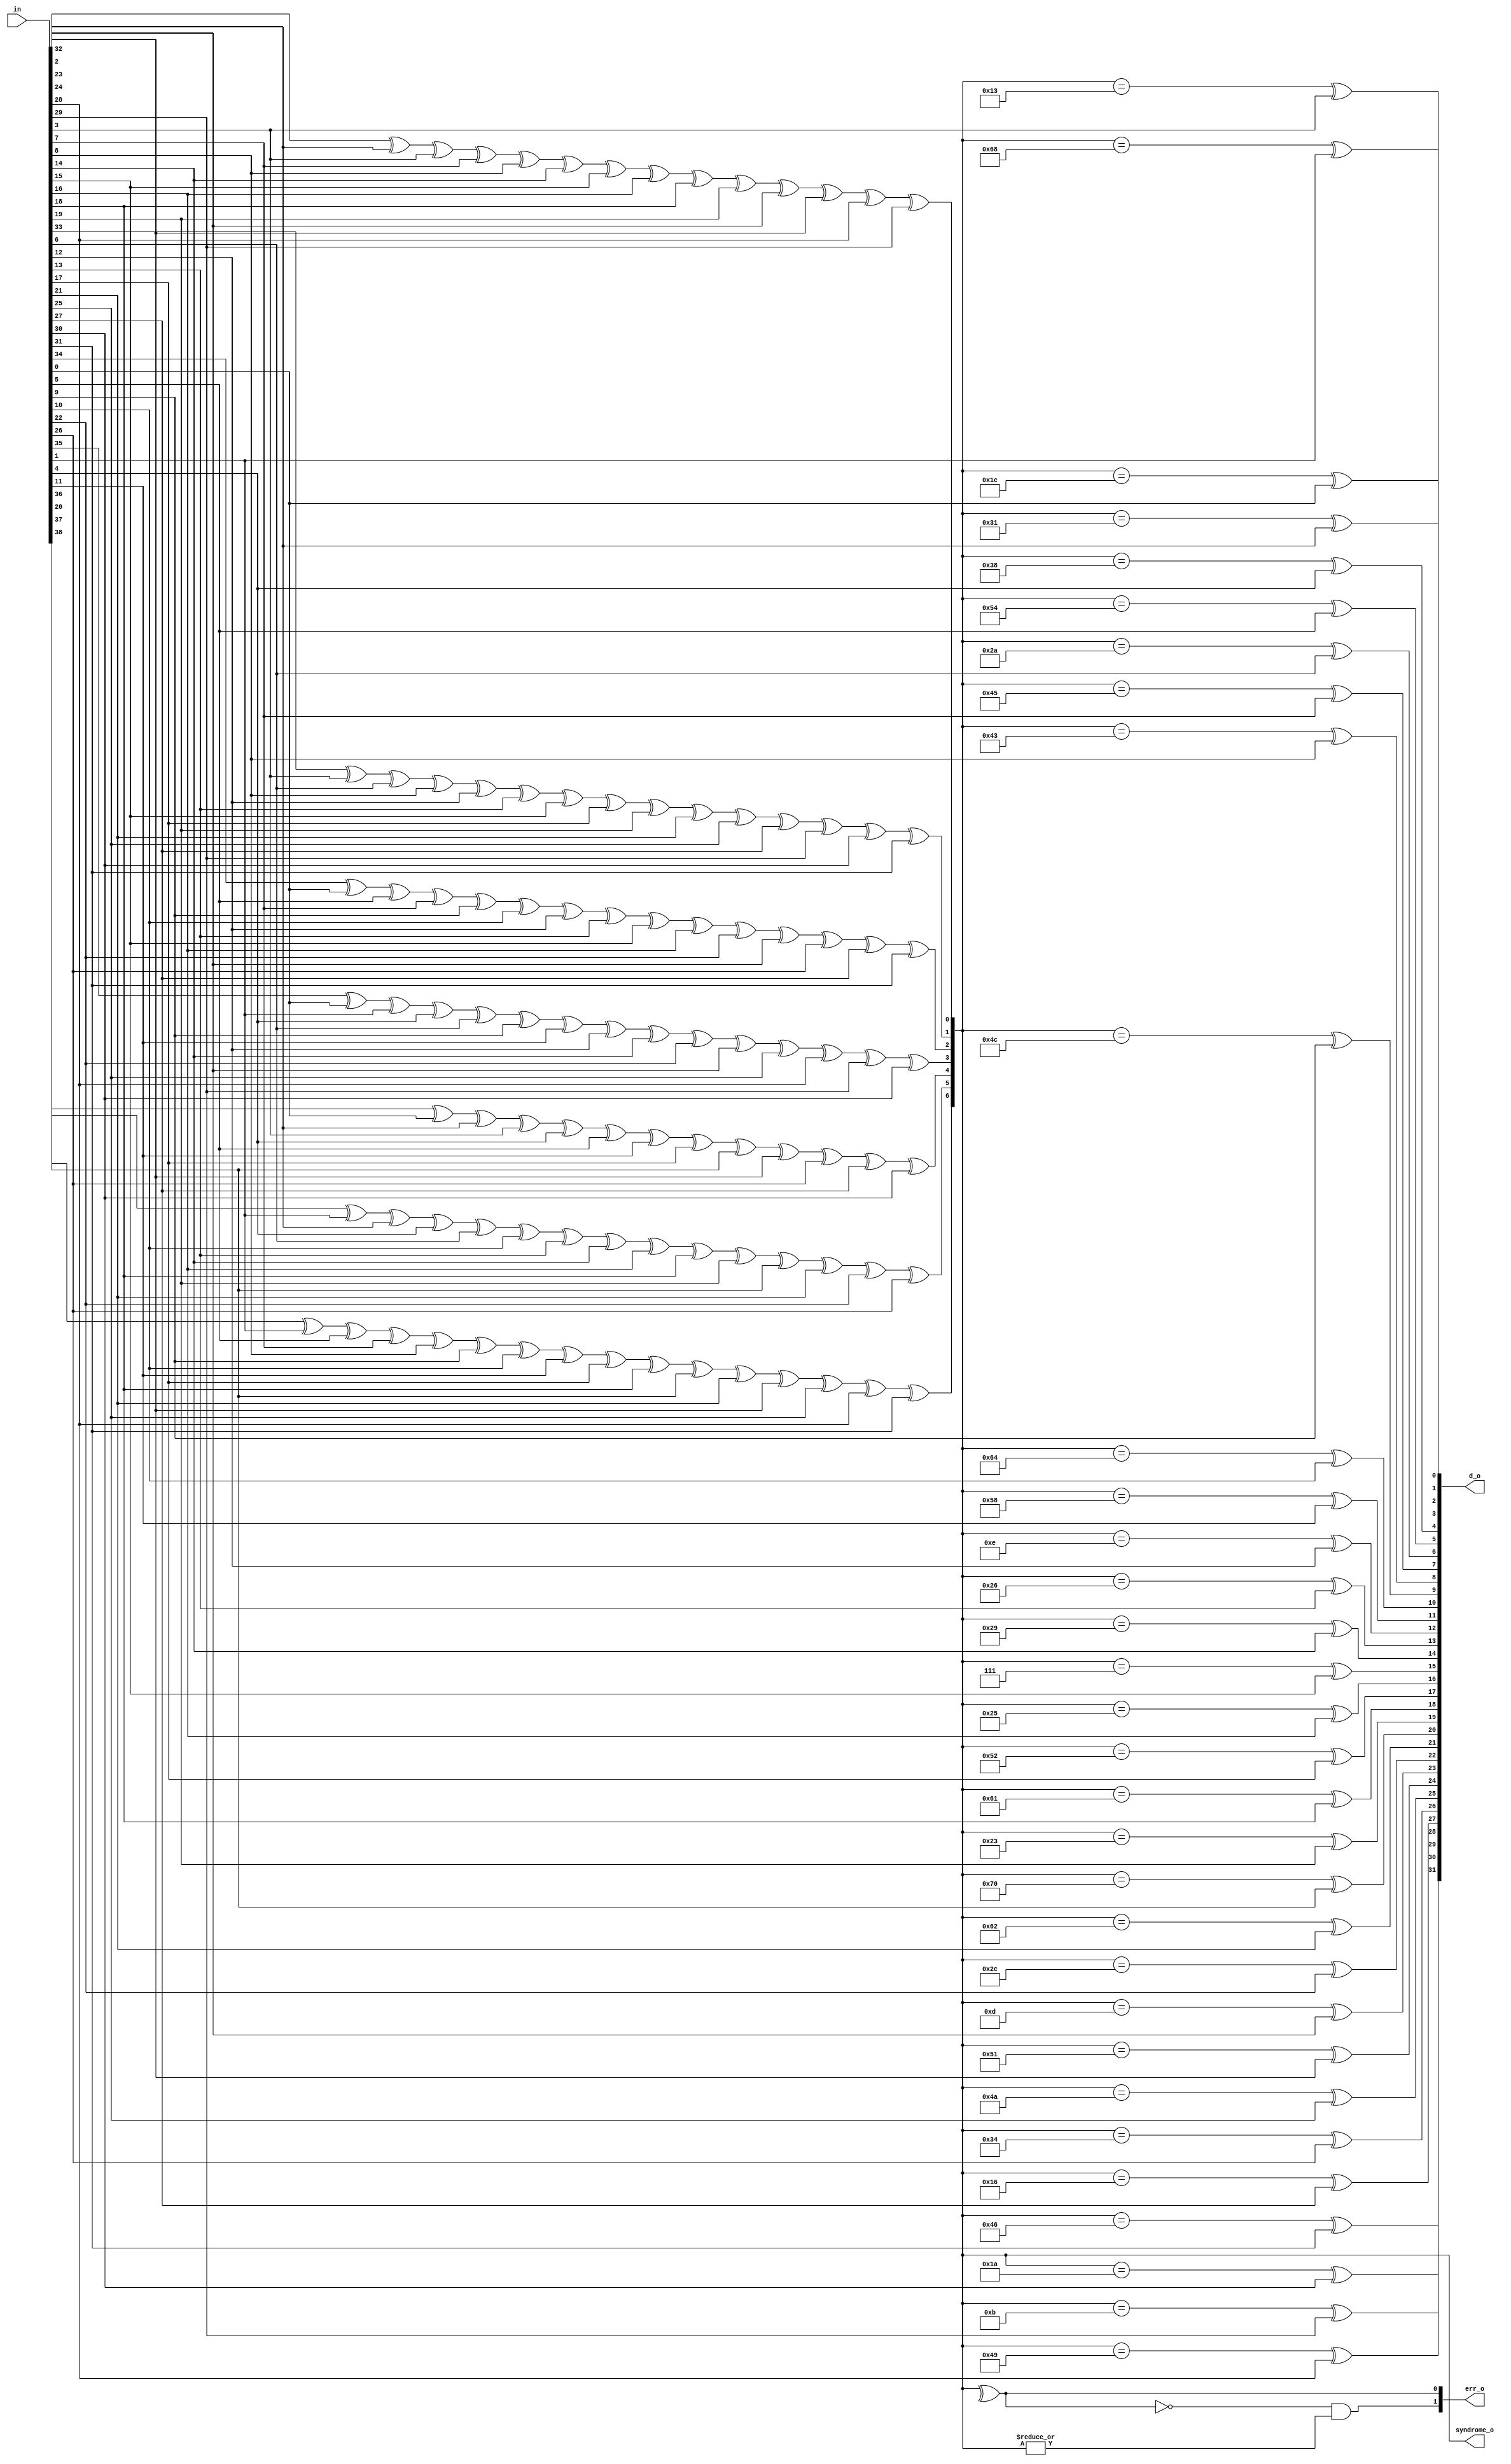
module prim_secded_39_32_dec (
	in,
	d_o,
	syndrome_o,
	err_o
);
	input [38:0] in;
	output wire [31:0] d_o;
	output wire [6:0] syndrome_o;
	output wire [1:0] err_o;
	wire single_error;
	assign syndrome_o[0] = ((((((((((((in[32] ^ in[2]) ^ in[3]) ^ in[7]) ^ in[8]) ^ in[14]) ^ in[15]) ^ in[16]) ^ in[18]) ^ in[19]) ^ in[23]) ^ in[24]) ^ in[28]) ^ in[29];
	assign syndrome_o[1] = (((((((((((((in[33] ^ in[3]) ^ in[6]) ^ in[8]) ^ in[12]) ^ in[13]) ^ in[15]) ^ in[17]) ^ in[19]) ^ in[21]) ^ in[25]) ^ in[27]) ^ in[29]) ^ in[30]) ^ in[31];
	assign syndrome_o[2] = (((((((((((((in[34] ^ in[0]) ^ in[5]) ^ in[7]) ^ in[9]) ^ in[10]) ^ in[12]) ^ in[13]) ^ in[15]) ^ in[16]) ^ in[22]) ^ in[23]) ^ in[26]) ^ in[27]) ^ in[31];
	assign syndrome_o[3] = (((((((((((((in[35] ^ in[0]) ^ in[1]) ^ in[4]) ^ in[6]) ^ in[9]) ^ in[11]) ^ in[12]) ^ in[14]) ^ in[22]) ^ in[23]) ^ in[25]) ^ in[28]) ^ in[29]) ^ in[30];
	assign syndrome_o[4] = (((((((((((in[36] ^ in[0]) ^ in[2]) ^ in[3]) ^ in[4]) ^ in[5]) ^ in[11]) ^ in[17]) ^ in[20]) ^ in[24]) ^ in[26]) ^ in[27]) ^ in[30];
	assign syndrome_o[5] = (((((((((((((in[37] ^ in[1]) ^ in[2]) ^ in[4]) ^ in[6]) ^ in[10]) ^ in[13]) ^ in[14]) ^ in[16]) ^ in[18]) ^ in[19]) ^ in[20]) ^ in[21]) ^ in[22]) ^ in[26];
	assign syndrome_o[6] = ((((((((((((((in[38] ^ in[1]) ^ in[5]) ^ in[7]) ^ in[8]) ^ in[9]) ^ in[10]) ^ in[11]) ^ in[17]) ^ in[18]) ^ in[20]) ^ in[21]) ^ in[24]) ^ in[25]) ^ in[28]) ^ in[31];
	assign d_o[0] = (syndrome_o == 7'h1c) ^ in[0];
	assign d_o[1] = (syndrome_o == 7'h68) ^ in[1];
	assign d_o[2] = (syndrome_o == 7'h31) ^ in[2];
	assign d_o[3] = (syndrome_o == 7'h13) ^ in[3];
	assign d_o[4] = (syndrome_o == 7'h38) ^ in[4];
	assign d_o[5] = (syndrome_o == 7'h54) ^ in[5];
	assign d_o[6] = (syndrome_o == 7'h2a) ^ in[6];
	assign d_o[7] = (syndrome_o == 7'h45) ^ in[7];
	assign d_o[8] = (syndrome_o == 7'h43) ^ in[8];
	assign d_o[9] = (syndrome_o == 7'h4c) ^ in[9];
	assign d_o[10] = (syndrome_o == 7'h64) ^ in[10];
	assign d_o[11] = (syndrome_o == 7'h58) ^ in[11];
	assign d_o[12] = (syndrome_o == 7'h0e) ^ in[12];
	assign d_o[13] = (syndrome_o == 7'h26) ^ in[13];
	assign d_o[14] = (syndrome_o == 7'h29) ^ in[14];
	assign d_o[15] = (syndrome_o == 7'h07) ^ in[15];
	assign d_o[16] = (syndrome_o == 7'h25) ^ in[16];
	assign d_o[17] = (syndrome_o == 7'h52) ^ in[17];
	assign d_o[18] = (syndrome_o == 7'h61) ^ in[18];
	assign d_o[19] = (syndrome_o == 7'h23) ^ in[19];
	assign d_o[20] = (syndrome_o == 7'h70) ^ in[20];
	assign d_o[21] = (syndrome_o == 7'h62) ^ in[21];
	assign d_o[22] = (syndrome_o == 7'h2c) ^ in[22];
	assign d_o[23] = (syndrome_o == 7'h0d) ^ in[23];
	assign d_o[24] = (syndrome_o == 7'h51) ^ in[24];
	assign d_o[25] = (syndrome_o == 7'h4a) ^ in[25];
	assign d_o[26] = (syndrome_o == 7'h34) ^ in[26];
	assign d_o[27] = (syndrome_o == 7'h16) ^ in[27];
	assign d_o[28] = (syndrome_o == 7'h49) ^ in[28];
	assign d_o[29] = (syndrome_o == 7'h0b) ^ in[29];
	assign d_o[30] = (syndrome_o == 7'h1a) ^ in[30];
	assign d_o[31] = (syndrome_o == 7'h46) ^ in[31];
	assign single_error = ^syndrome_o;
	assign err_o[0] = single_error;
	assign err_o[1] = ~single_error & |syndrome_o;
endmodule